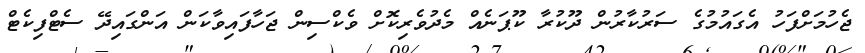
ޖެހުމަށްފަހު އެގައުމުގެ ސަރުކާރުން ދޫކުރާ ކޫޕަނެއް މެދުވެރިކޮށް ވެކްސިން ޖަހާފައިވާކަން އަންގައިދޭ ސެޓްފިކެޓް